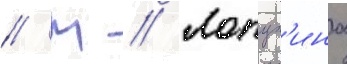
// М // Лопух'ина